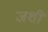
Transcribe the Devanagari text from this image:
जशीं